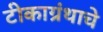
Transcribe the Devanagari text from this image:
टीकाग्रंथाचे